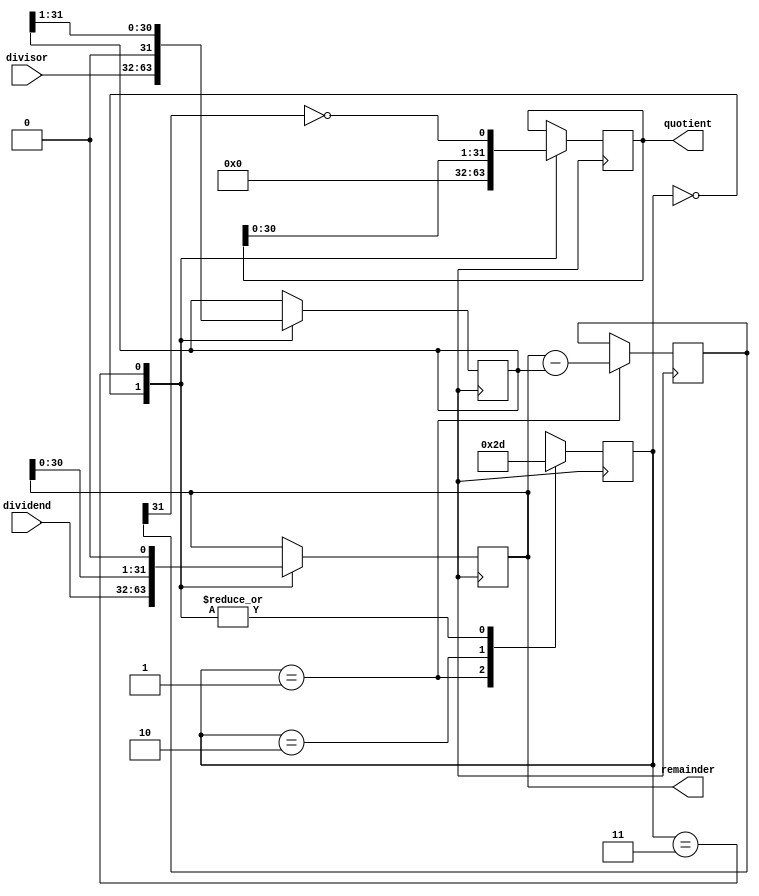
module non_restoring_divider (
    input wire [31:0] dividend, // input number to be divided
    input wire [31:0] divisor, // input number to divide by
    output reg [31:0] quotient, // stores the quotient
    output reg [31:0] remainder // stores the remainder
);

reg [31:0] div_reg; // divisor register
reg [31:0] quot_reg; // quotient register
reg [31:0] rem_reg; // remainder register
reg [1:0] state; // control unit state register
reg [31:0] sub_output; // output of subtraction unit
reg [31:0] add_output; // output of conditional adder
reg [1:0] shift_count; // counter for shifting
reg [31:0] shift_temp; // temporary variable for shifting

always @(posedge clk) begin
    case(state)
        2'b00: begin // initialization state
            div_reg <= divisor;
            quot_reg <= 0;
            rem_reg <= dividend;
            state <= 2'b01;
        end
        2'b01: begin // subtraction state
            sub_output <= rem_reg - div_reg;
            state <= 2'b10;
        end
        2'b10: begin // conditional add state
            if(sub_output < 0)
                add_output <= sub_output + div_reg;
            else
                add_output <= sub_output;
            state <= 2'b11;
        end
        2'b11: begin // update quotient and remainder state
            quot_reg <= {quot_reg, ~sub_output[31]}; // shift quotient left and add sign bit
            rem_reg <= add_output;
            if(shift_count == 31)
                state <= 2'b00; // end of division
            else
                shift_count <= shift_count + 1;
                div_reg <= div_reg >> 1;
                rem_reg <= rem_reg << 1;
                state <= 2'b01;
        end
    endcase
end

assign quotient = quot_reg;
assign remainder = rem_reg;

endmodule